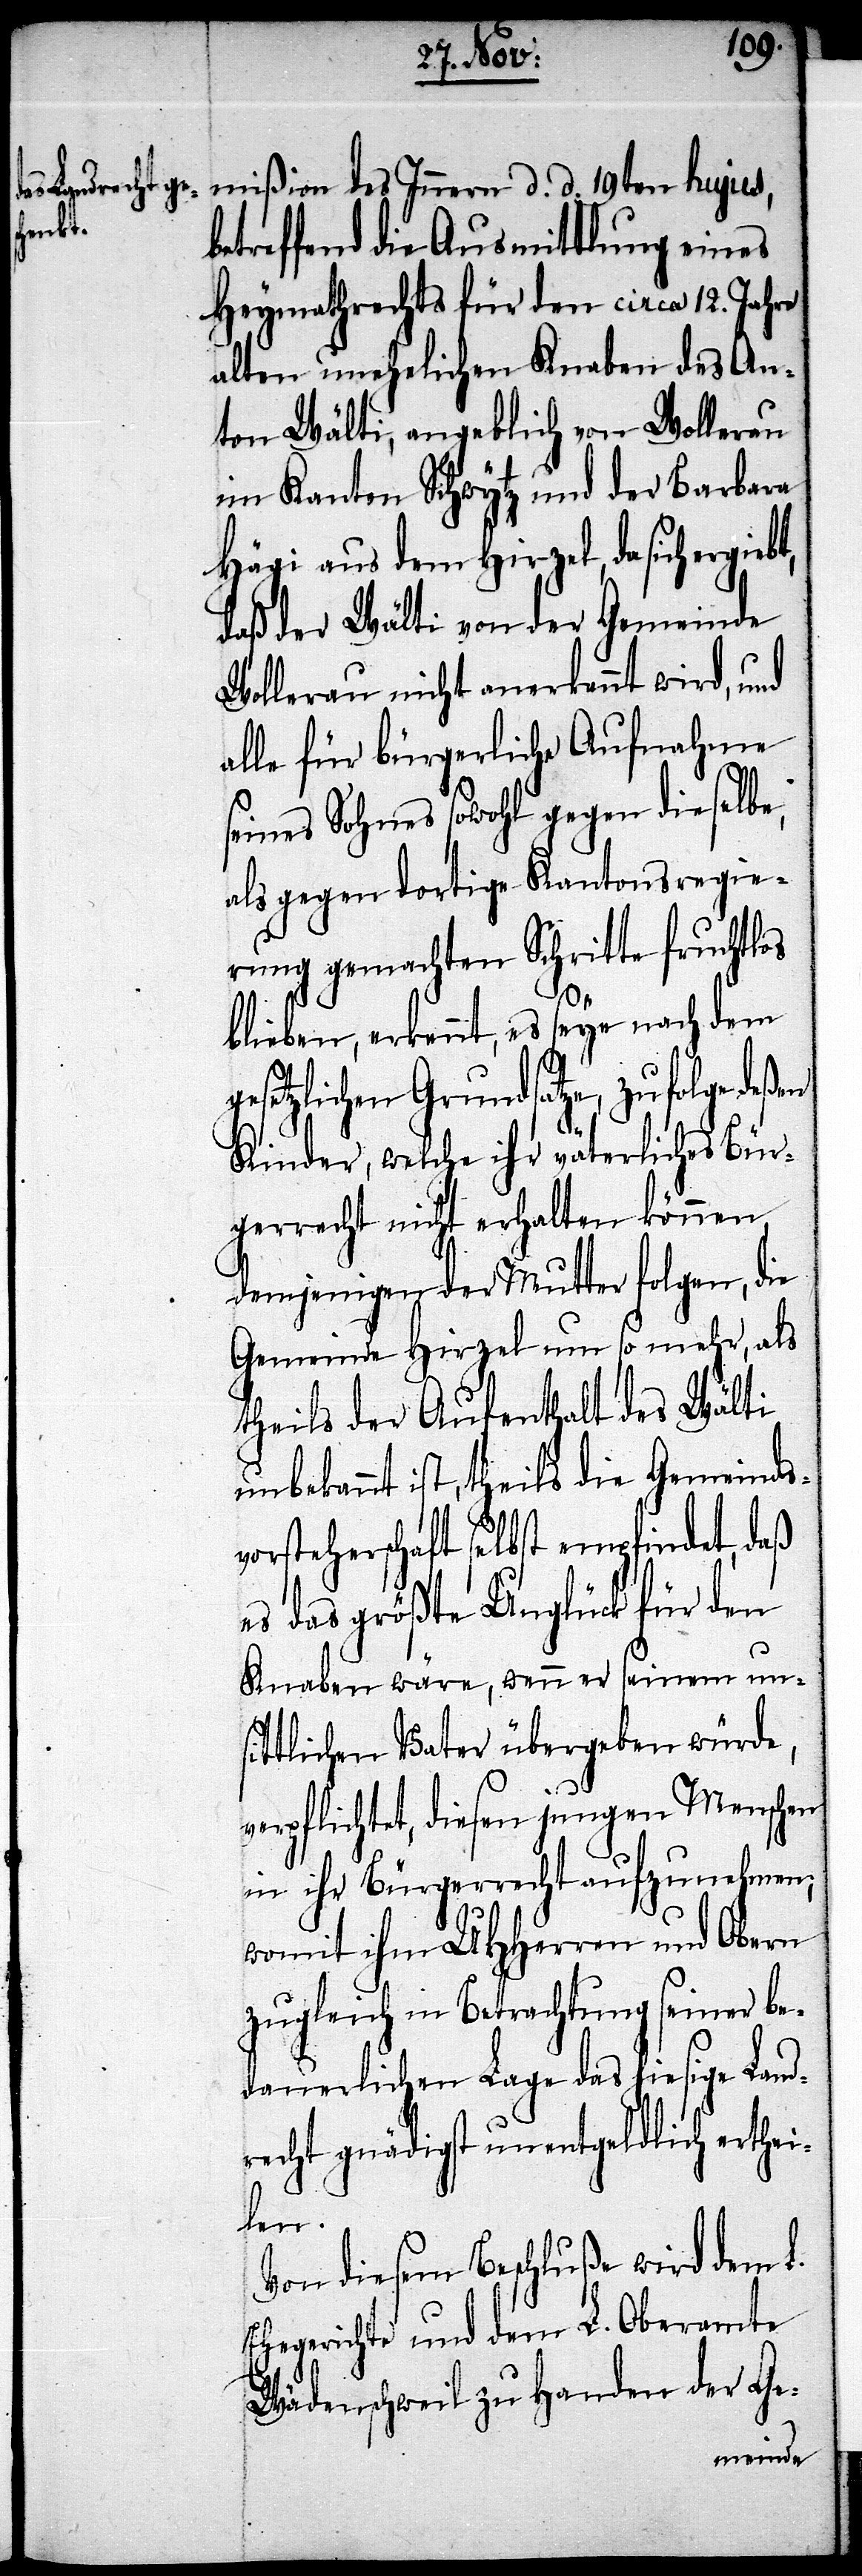
mißion des Innern d. d. 19ten hujus,
etreffend die Ausmittlung eines
Heymathrechts für den circa 12. Jahre
alten unehelichen Knaben des An¬
ton Wälti, angeblich von Wollerau
im Kanton Schwytz und der Barbara
Hägi aus dem Hirzel, da sich ergieb¬
daß der Wälti von der Gemeinde
Wollerau nicht anerkannt wird, und
alle für bürgerliche Aufnahme
seines Sohnes sowohl gegen dieselbe,
als gegen dortige Kantonsregie¬
rung gemachten Schritte fruchtlos
blieben, erkennt, es seye nach dem
t,
gesetzlichen Grundsatze, zufolge deßen
Kinder, welche ihr väterliches Bür¬
gerrecht nicht erhalten können,
demjenigen der Mutter folgen, die
Gemeinde Hirzel um so mehr, als
theils der Aufenthalt des Wälti
unbekannt ist, theils die Gemeinds¬
vorsteherschaft selbst empfindet, daß
es das größte Unglück für den
Knaben wäre, wenn er seinem un¬
sittlichen Vater übergeben würde,
verpflichtet, diesen jungen Menschen
in ihr Bürgerrecht aufzunehmen,
womit ihm UHHerren und Obern
zugleich in Betrachtung seiner be¬
dauerlichen Lage das hiesige Land¬
recht gnädigst unentgeldlich erthei¬
len.
Von diesem Beschluße wird dem L.
Ehegerichte und dem L. Oberamte
Wädenschweil zu Handen der Ge-